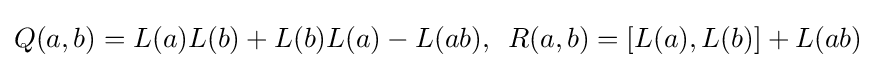
Q(a,b)=L(a)L(b)+L(b)L(a)-L(ab),\,\,\,R(a,b)=[L(a),L(b)]+L(ab)